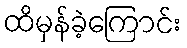
ထိမှန်ခဲ့ကြောင်း